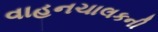
વાહનચાલકની